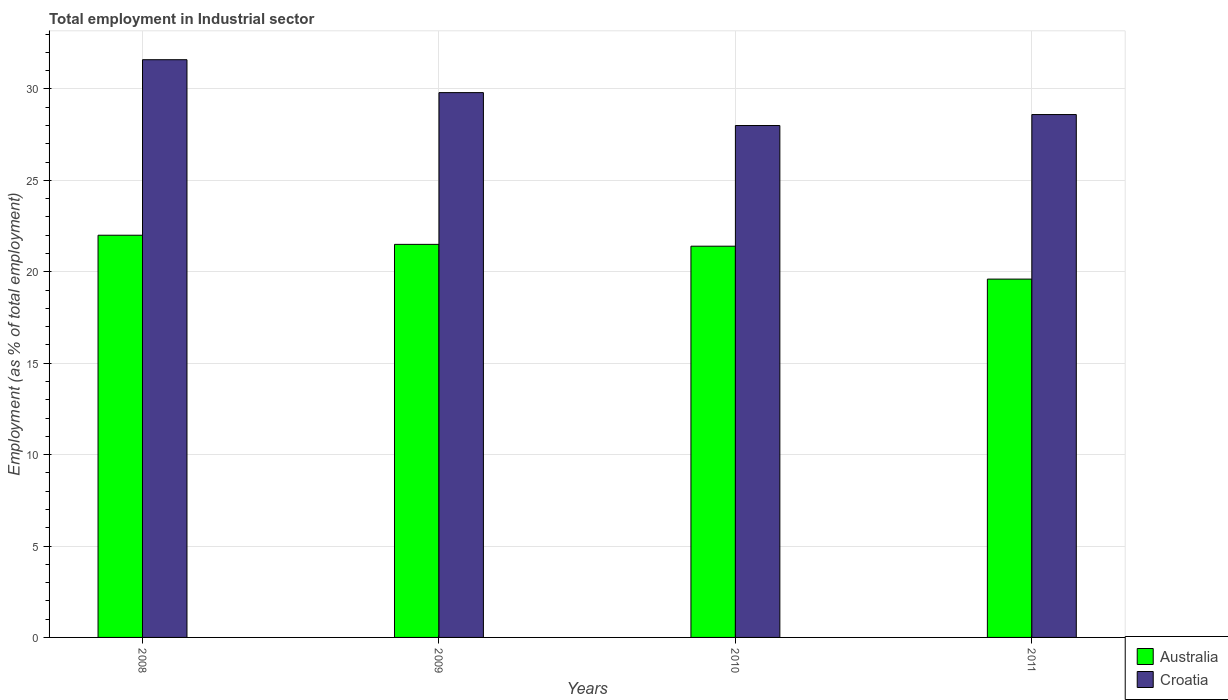
| Years | Australia | Croatia |
 | --- | --- | --- |
 | 2008 | 22 | 31.6 |
 | 2009 | 21.5 | 29.8 |
 | 2010 | 21.4 | 28 |
 | 2011 | 19.6 | 28.6 |